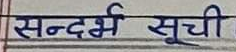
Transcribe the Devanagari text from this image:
सन्दर्भ सूची